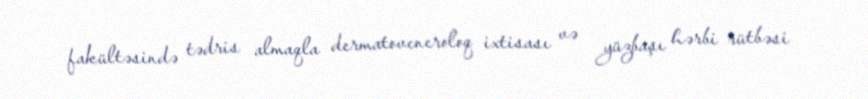
fakültəsində tədris almaqla dermatoveneroloq ixtisası və yüzbaşı hərbi rütbəsi